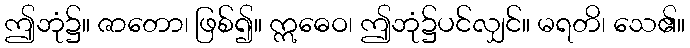
ဤဘုံ၌။ ဇာတော၊ ဖြစ်၍။ ဣဓေဝ၊ ဤဘုံ၌ပင်လျှင်။ မရတိ၊ သေ၏။